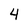
Character: 4